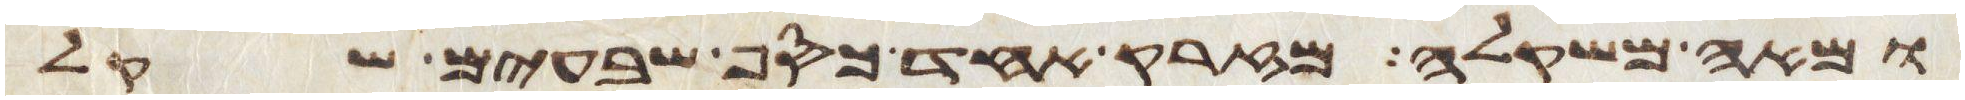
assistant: ומאה משקלה מזרק אחד כסף שבעים שקל